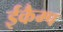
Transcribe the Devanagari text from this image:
ईकैम्प